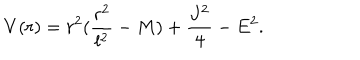
V ( r ) = r ^ { 2 } ( \frac { r ^ { 2 } } { l ^ { 2 } } - M ) + \frac { J ^ { 2 } } { 4 } - E ^ { 2 } .